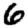
Digit: 6